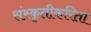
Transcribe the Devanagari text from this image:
संस्कृतीकरिता